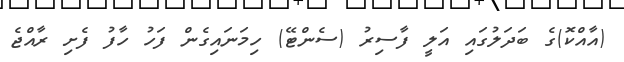
(އާއްކޮ)ގެ ބަދަލުގައި އަލީ ފާސިރު (ސެންޓޭ) ހިމަނައިގެން ފަހު ހާފު ފެށި ރާއްޖެ